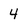
Character: 4